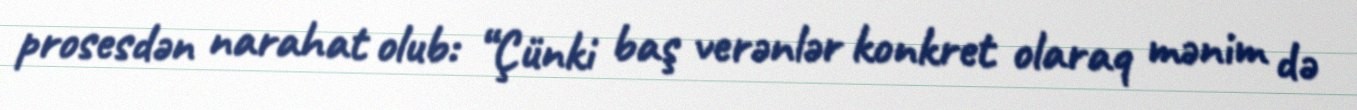
prosesdən narahat olub: “Çünki baş verənlər konkret olaraq mənim də